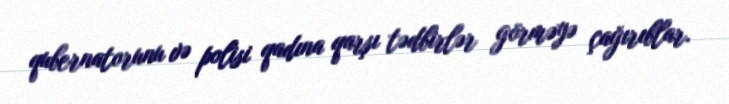
qubernatorunu və polisi qadına qarşı tədbirlər görməyə çağırıblar.